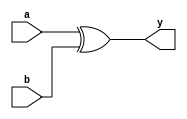
module XOR (
    input wire a,
    input wire b,
    output wire y
);
    assign y = a ^ b;
endmodule

module AND (
    input wire a,
    input wire b,
    output wire y
);
    assign y = a & b;
endmodule

module half_adder (
    input wire a,
    input wire b,
    output wire s,
    output wire c
);
    XOR A (a, b, s);
    AND B (a, b, c);
endmodule